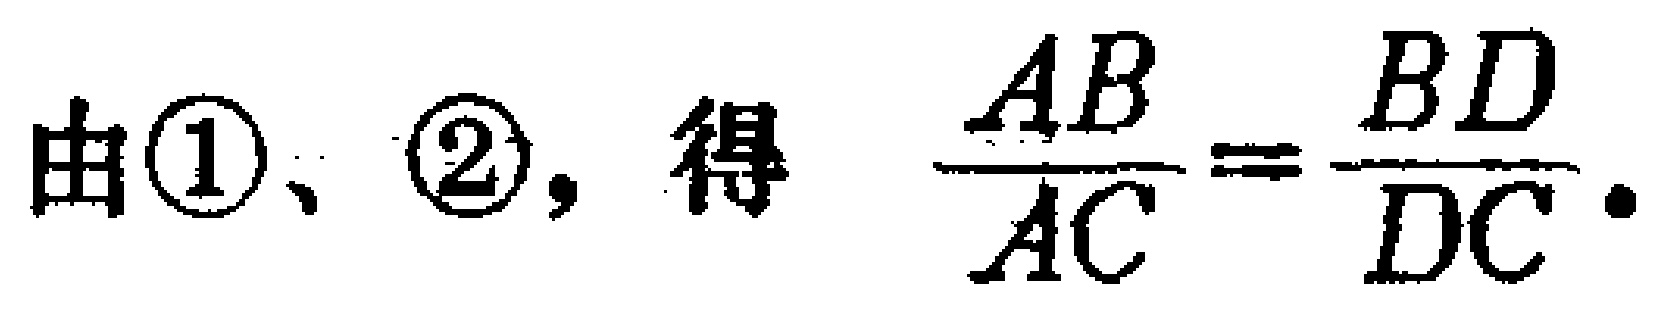
由\textcircled{1}、\textcircled{2}，得 $\dfrac{AB}{AC}=\dfrac{BD}{DC}.$